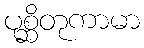
ပုစ္ဆိတုကာမာ